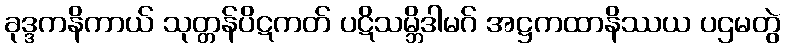
ခုဒ္ဒကနိကာယ် သုတ္တန်ပိဋကတ် ပဋိသမ္ဘိဒါမဂ် အဋ္ဌကထာနိဿယ ပဌမတွဲ